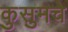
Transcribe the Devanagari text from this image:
कुसुमचे